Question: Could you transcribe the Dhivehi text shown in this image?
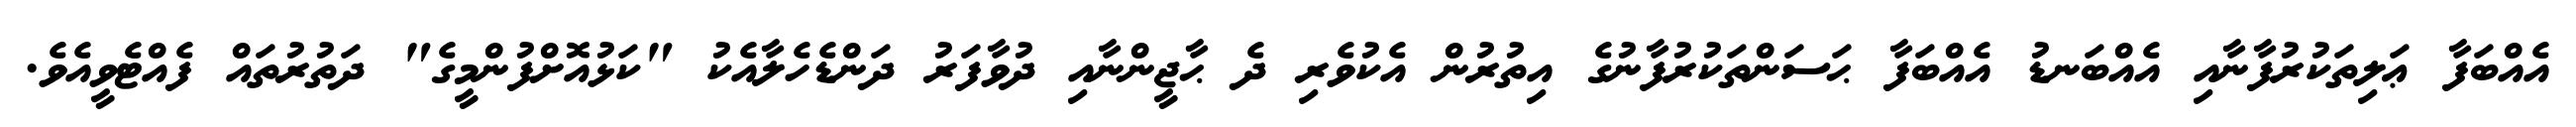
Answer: އެއްބަފާ ޢަލިތަކުރުފާނާއި އެއްބަނޑު އެއްބަފާ ޙަސަންތަކުރުފާނުގެ އިތުރުން އެކުވެރި ދެ ޙާޖީންނާއި ދުވާފަރު ދަންޑެހެލާއެކު "ކަޅުއޮށްފުންމީގެ" ދަތުރުތައް ފެއްޓެވީއެވެ.